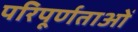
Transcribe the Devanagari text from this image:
परिपूर्णताओं